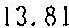
13.81